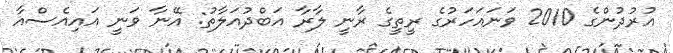
އުރުދުންގެ 2010 ވަނައަހަރުގެ ރީތީގެ ރާނީ ލާރާ އަބްދުއަލާތު: އޭނާ ވަނީ އައިއެސްއާ